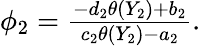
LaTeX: \begin{array}{r}{\phi_{2}=\frac{-d_{2}\theta(Y_{2})+b_{2}}{c_{2}\theta(Y_{2})-a_{2}}.}\end{array}